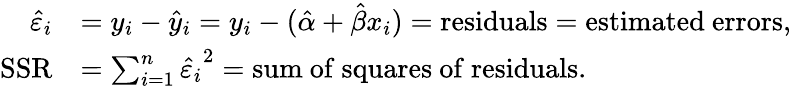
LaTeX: {\begin{array}{rl}{{\hat{\varepsilon}}_{i}}&{=y_{i}-{\hat{y}}_{i}=y_{i}-({\hat{\alpha}}+{\hat{\beta}}x_{i})={\mathrm{residuals}}={\mathrm{estimated~errors}},}\\ {{\mathrm{SSR}}}&{=\sum_{i=1}^{n}{{\hat{\varepsilon}}_{i}}^{2}={\mathrm{sum~of~squares~of~residuals}}.}\end{array}}